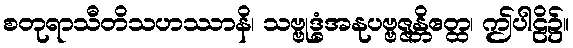
စတုရာသီတိသဟဿာနိ၊ သဗ္ဗုဒ္ဓံအနုပဗ္ဗဇ္ဇန္တိဧတ္ထ၊ ဤပါဠိ၌။